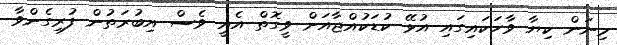
މިނަން ކިޔާ ވާހަކައިގައި އުޅޭ ކުޑަކުއްޖާއަށް ވީގޮތް އެއީ ވެސް އިބުރަތުން ފުރިގެންވާ